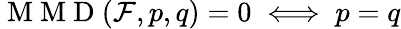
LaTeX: \mathrm{~M~M~D~}(\mathcal{F},p,q)=0\iff p=q